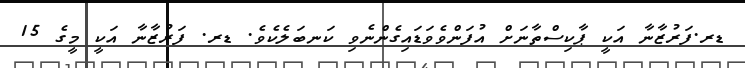
ޑރ.ފަރުޒާނާ އަކީ ޕާކިސްތާނަށް އުފަންވެވަޑައިގެންނެވި ކަނބަލެކެވެ. ޑރ. ފަރުޒާނާ އަކީ މީގެ 15